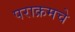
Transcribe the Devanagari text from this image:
पराक्रमचे